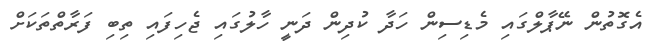
އެގޮތުން ނޭޕާލްގައި މެޑިސިން ހަދާ ކުދިން ދަނީ ހާލުގައި ޖެހިފައި ތިބި ފަރާތްތަކަށް